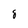
Character: 8